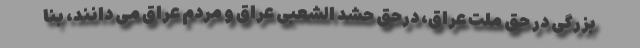
بزرگی در حق ملت عراق، درحق حشد الشعبی عراق و مردم عراق می دانند، بنا